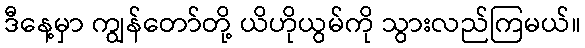
ဒီနေ့မှာ ကျွန်တော်တို့ ယိဟိုယွမ်ကို သွားလည်ကြမယ်။